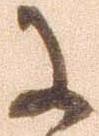
に